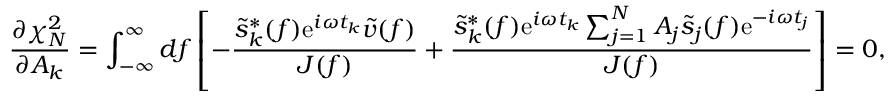
\frac { \partial \chi _ { N } ^ { 2 } } { \partial A _ { k } } = \int _ { - \infty } ^ { \infty } \mathop { d f } \left[ - \frac { \tilde { s } _ { k } ^ { * } ( f ) \mathrm { e } ^ { i \omega t _ { k } } \tilde { v } ( f ) } { J ( f ) } + \frac { \tilde { s } _ { k } ^ { * } ( f ) \mathrm { e } ^ { i \omega t _ { k } } \sum _ { j = 1 } ^ { N } A _ { j } \tilde { s } _ { j } ( f ) \mathrm { e } ^ { - i \omega t _ { j } } } { J ( f ) } \right] = 0 ,